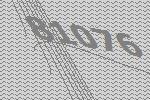
81076